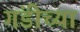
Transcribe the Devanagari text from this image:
गंडीच्या